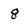
Character: 8